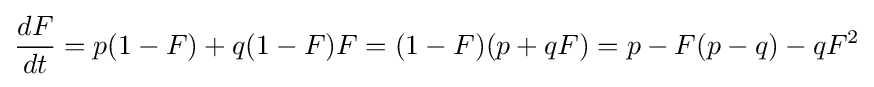
{\frac {dF}{dt}}=p(1-F)+q(1-F)F=(1-F)(p+qF)=p-F(p-q)-qF^{2}